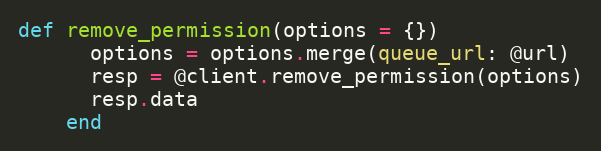
Language: Ruby
def remove_permission(options = {})
      options = options.merge(queue_url: @url)
      resp = @client.remove_permission(options)
      resp.data
    end